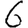
Digit: 6